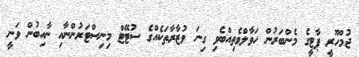
ޖުމްހޫރީ ޕާޓީގެ މެންބަރުން ހަވާލްވެތިއްބެވި ގިނަ ވުޒާރާތަކެއްގެ ސުޓޭޓް މިނިސްޓަރުންނާއި ނާއިބުން ވަނީ